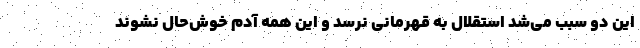
این دو سبب می‌شد استقلال به قهرمانی نرسد و این همه آدم خوش‌حال نشوند